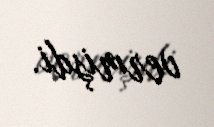
vermişdi.